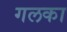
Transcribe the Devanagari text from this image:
गलका